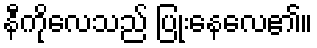
နီကိုလေသည် ပြုံးနေလေ၏။